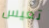
تعيس